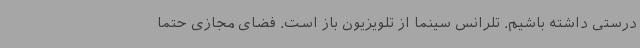
درستی داشته باشیم. تلرانس سینما از تلویزیون باز است. فضای مجازی حتما